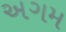
અગમ